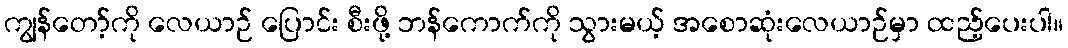
ကျွန်တော့်ကို လေယာဉ် ပြောင်း စီးဖို့ ဘန်ကောက်ကို သွားမယ့် အစောဆုံးလေယာဉ်မှာ ထည့်ပေးပါ။